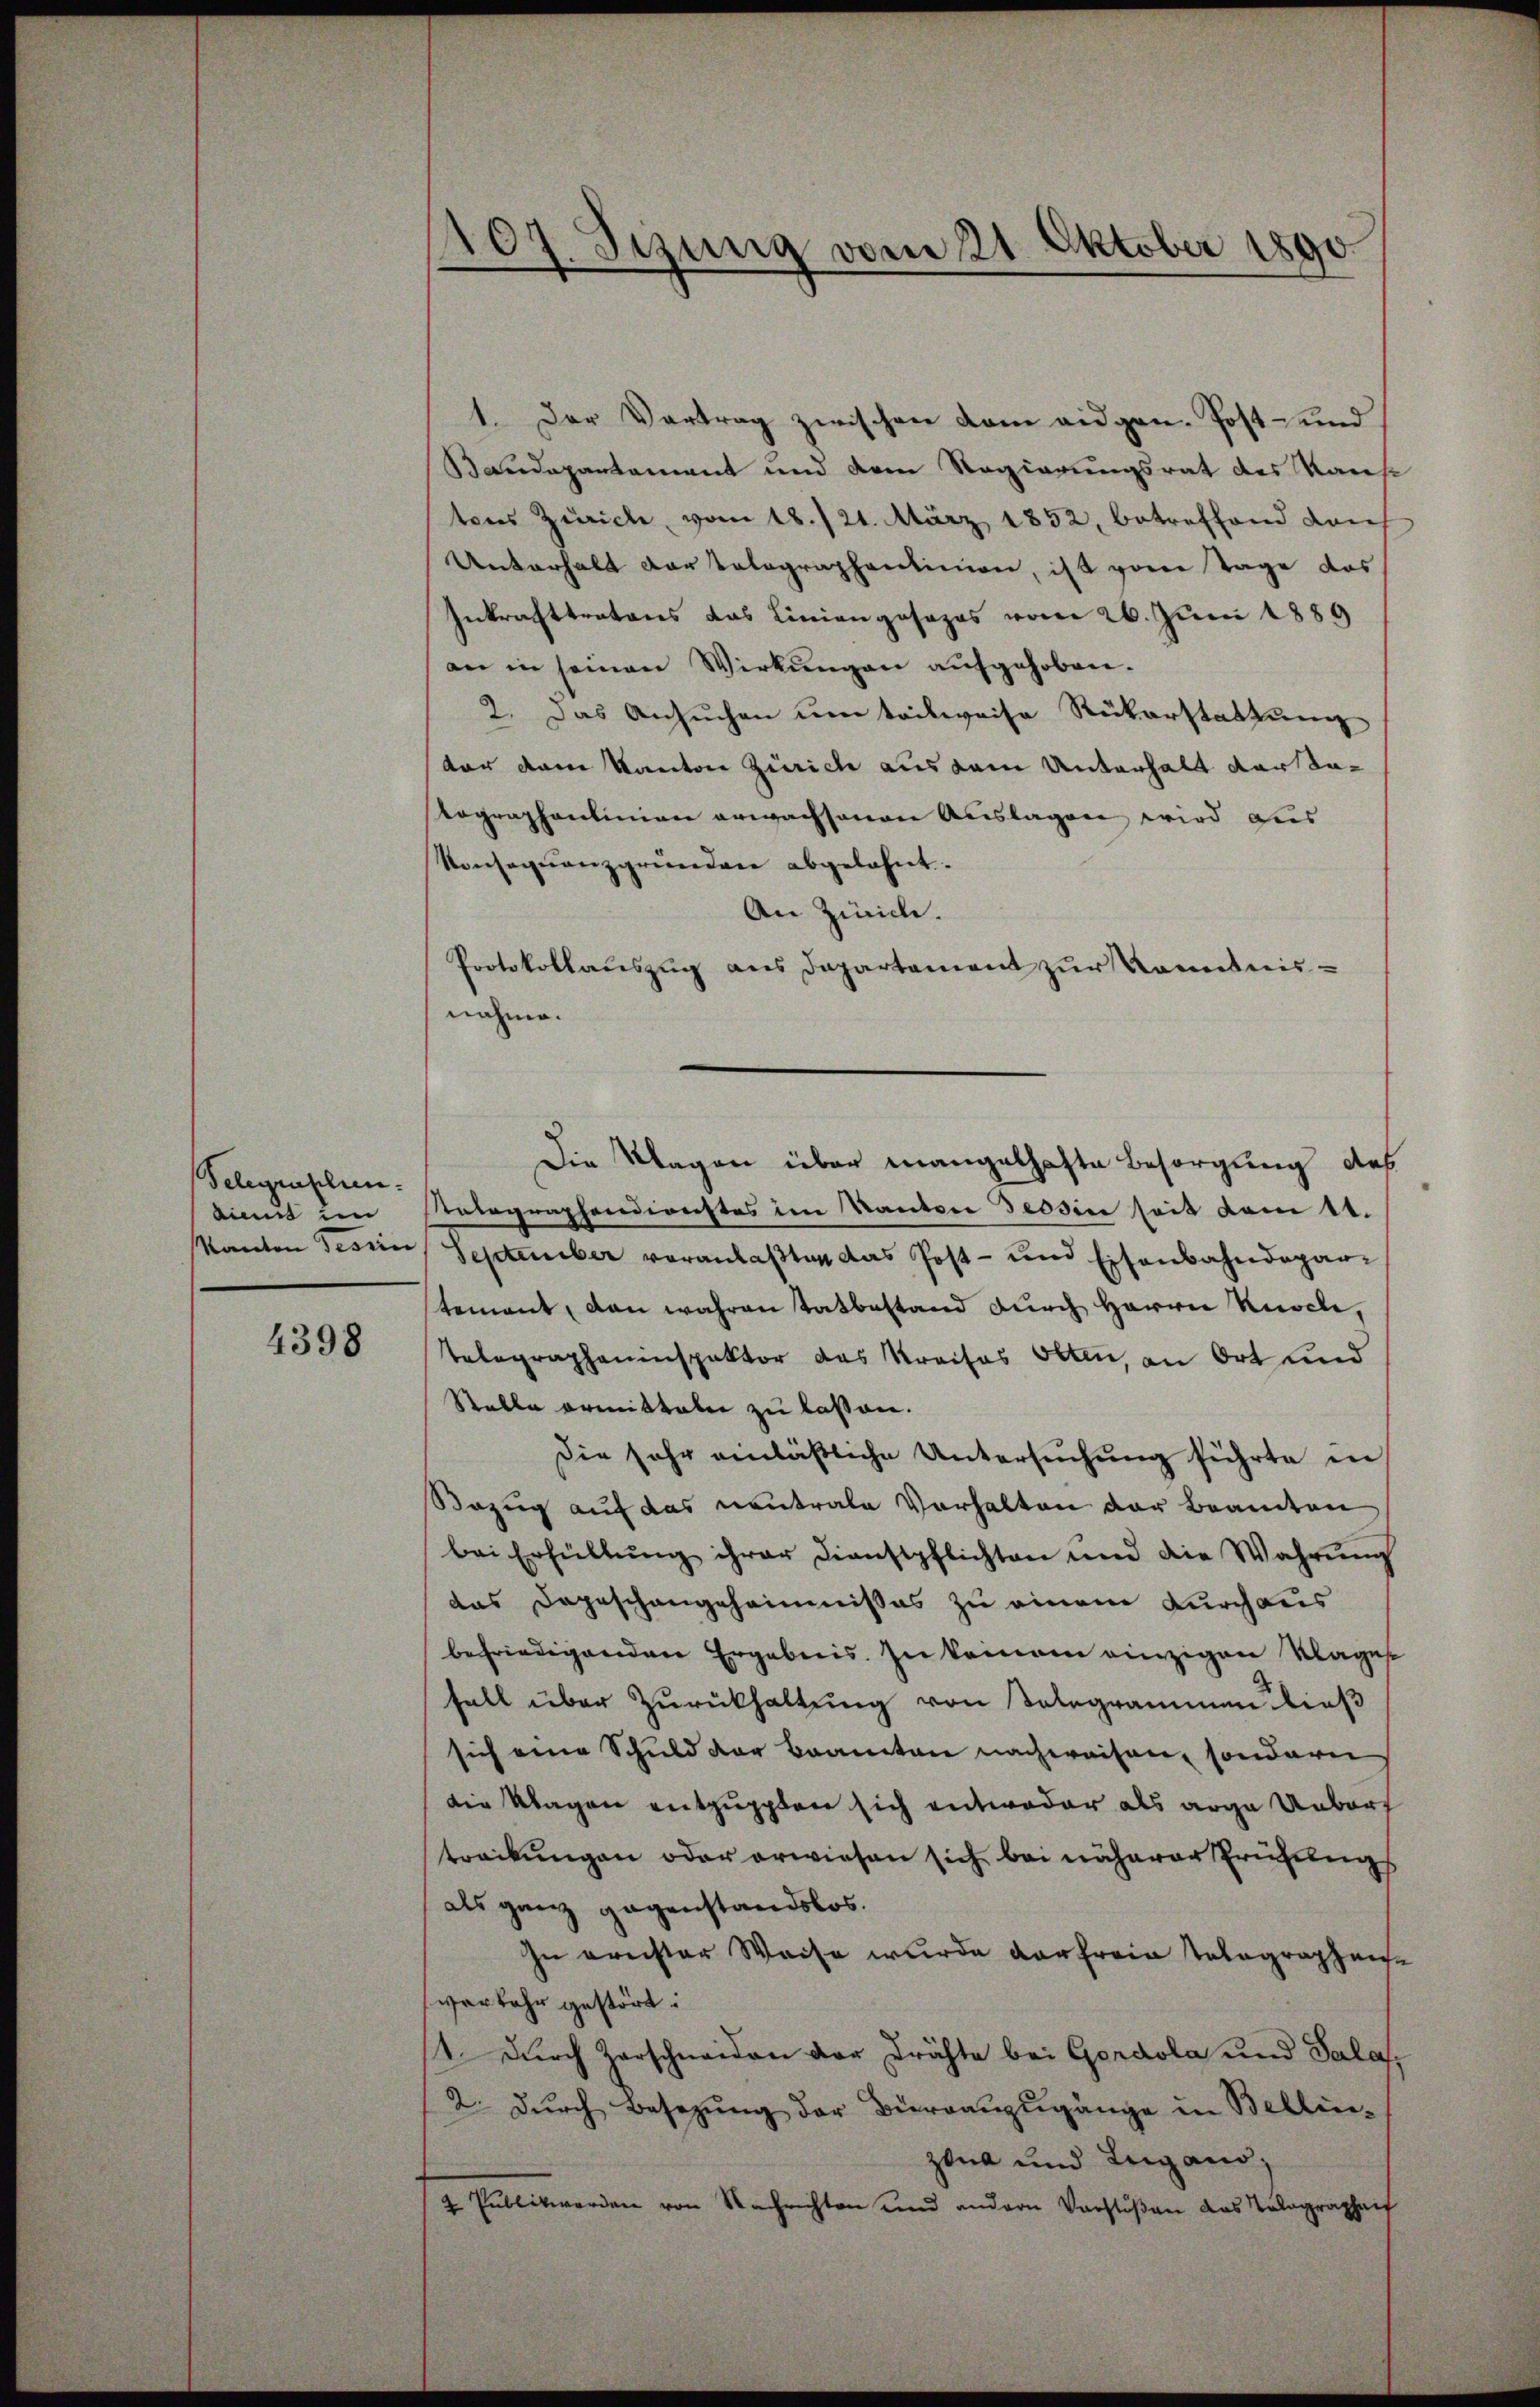
Telegraphen.
innt im
Kanton Tessis

4398

107. Sezung vom 21. Oktober 1890.

1. Der Vertrag zwischen vom eidgen. Post- und
audepartament und dem Regierungsrat des Kaise
tons Zürich, vom 18./21. März 1852, betreffend dan
Unterhalt der Telegraphenlinien, ist von Tage das
Inkrafttratons das Liniengesezes vom 26. Juni 1889
an in seinen Wirkungen aufgehoben.
2. Das Ansŭchen um teilweise Rükerstattung
tor dem Kanton Zürich aus dem Unterhalt dar datographenlinien erwachsenen Auslagen wird aus
Konseqŭenzgründen abgelehnt.
An Zürich.
Protokollauszug aus Departament zur Kenntnis-
nahme.
Die Klagen über mangelhafte Besorgung des
Relegraphendienstes im Kanton Tessin seit dem 11.
September veranlaßten das Post- und Eisenbahndepar-
tement, dan wahren Tatbestand durch Herrn Knoch,
Telegrapheninspektor das Kreises Otten, an Ort und
Stelle ermitteln zu lassen.
Die sehr einläßliche Untersuchung führte in
Bezug auf das neutrale Verhalten der Beamten
bei Erfüllŭng ihrer Dienstpflichten und die Wahrŭng
das Depeschangeheimnißes zu einem Durchaus
befriedigenden Ergebnis. In keinem einzigen Klages
fall über Zurückhaltung von Kolegrammen dieß
sich eine Schuld der Beamten nachweisen, sondern
die Klagen entpuppten sich entweder als arge Ueberf
treckungen oder erwiesen sich bei näherer Prüfungs
als ganz gegenstandslos.
In ornster Weise wurde darfreie Telegraphenverkehr gestört
st. Durch Zarschneiden der drähte bei Gordola und Sala,
2. dŭrch Besetzŭng der Büreaŭzŭgänge in Bellin-
zona und Lugand,
2 Publikwerden von Nachrichten und andern Vorstößen das Tolographaif